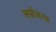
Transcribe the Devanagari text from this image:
अस्त्रीकरण